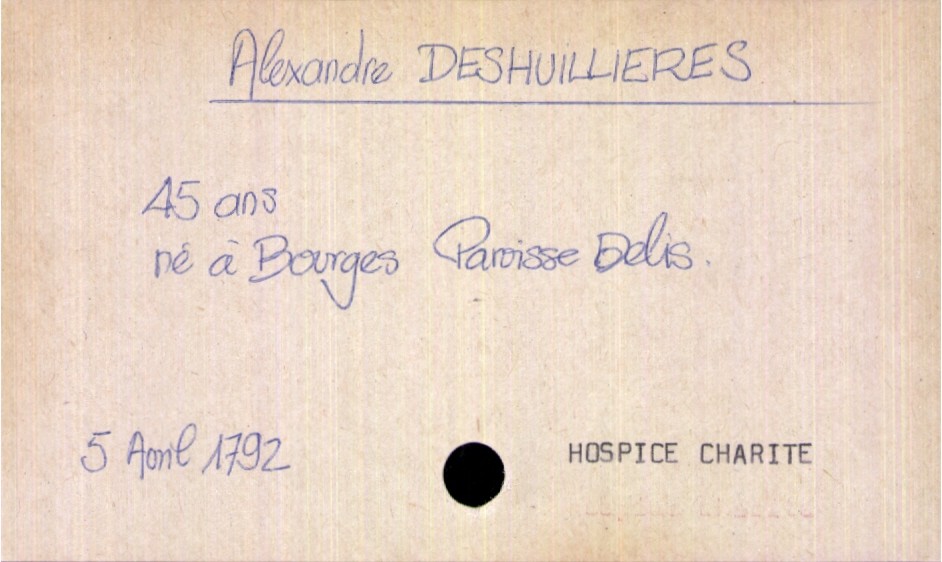
type_acte: Décès
année: 1792
mois: avril
jour: 5
paroisse: Hospice Charité
défunt_nom: Deshuillieres
défunt_prénom: Alexandre
défunt_sexe: H
défunt_âge: 45 ans
défunt_lieu_de_naissance: Bourges Paroisse Delia